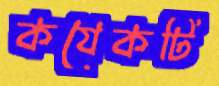
কযেকটি